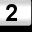
Digit: 2